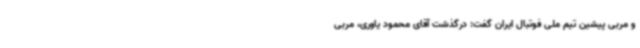
و مربی پیشین تیم ملی فوتبال ایران گفت: درگذشت آقای محمود یاوری، مربی